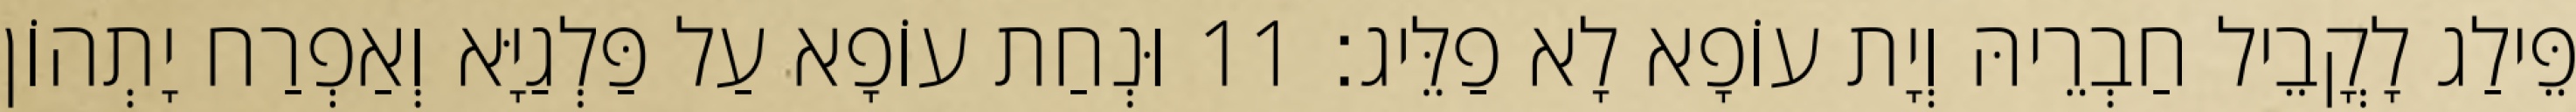
פֵּילַג לָקֳבֵיל חַבְרֵיהּ וְיָת עוֹפָא לָא פַלֵּיג׃ 11 וּנְחַת עוֹפָא עַל פַּלְגַיָּא וְאַפְרַח יָתְהוֹן